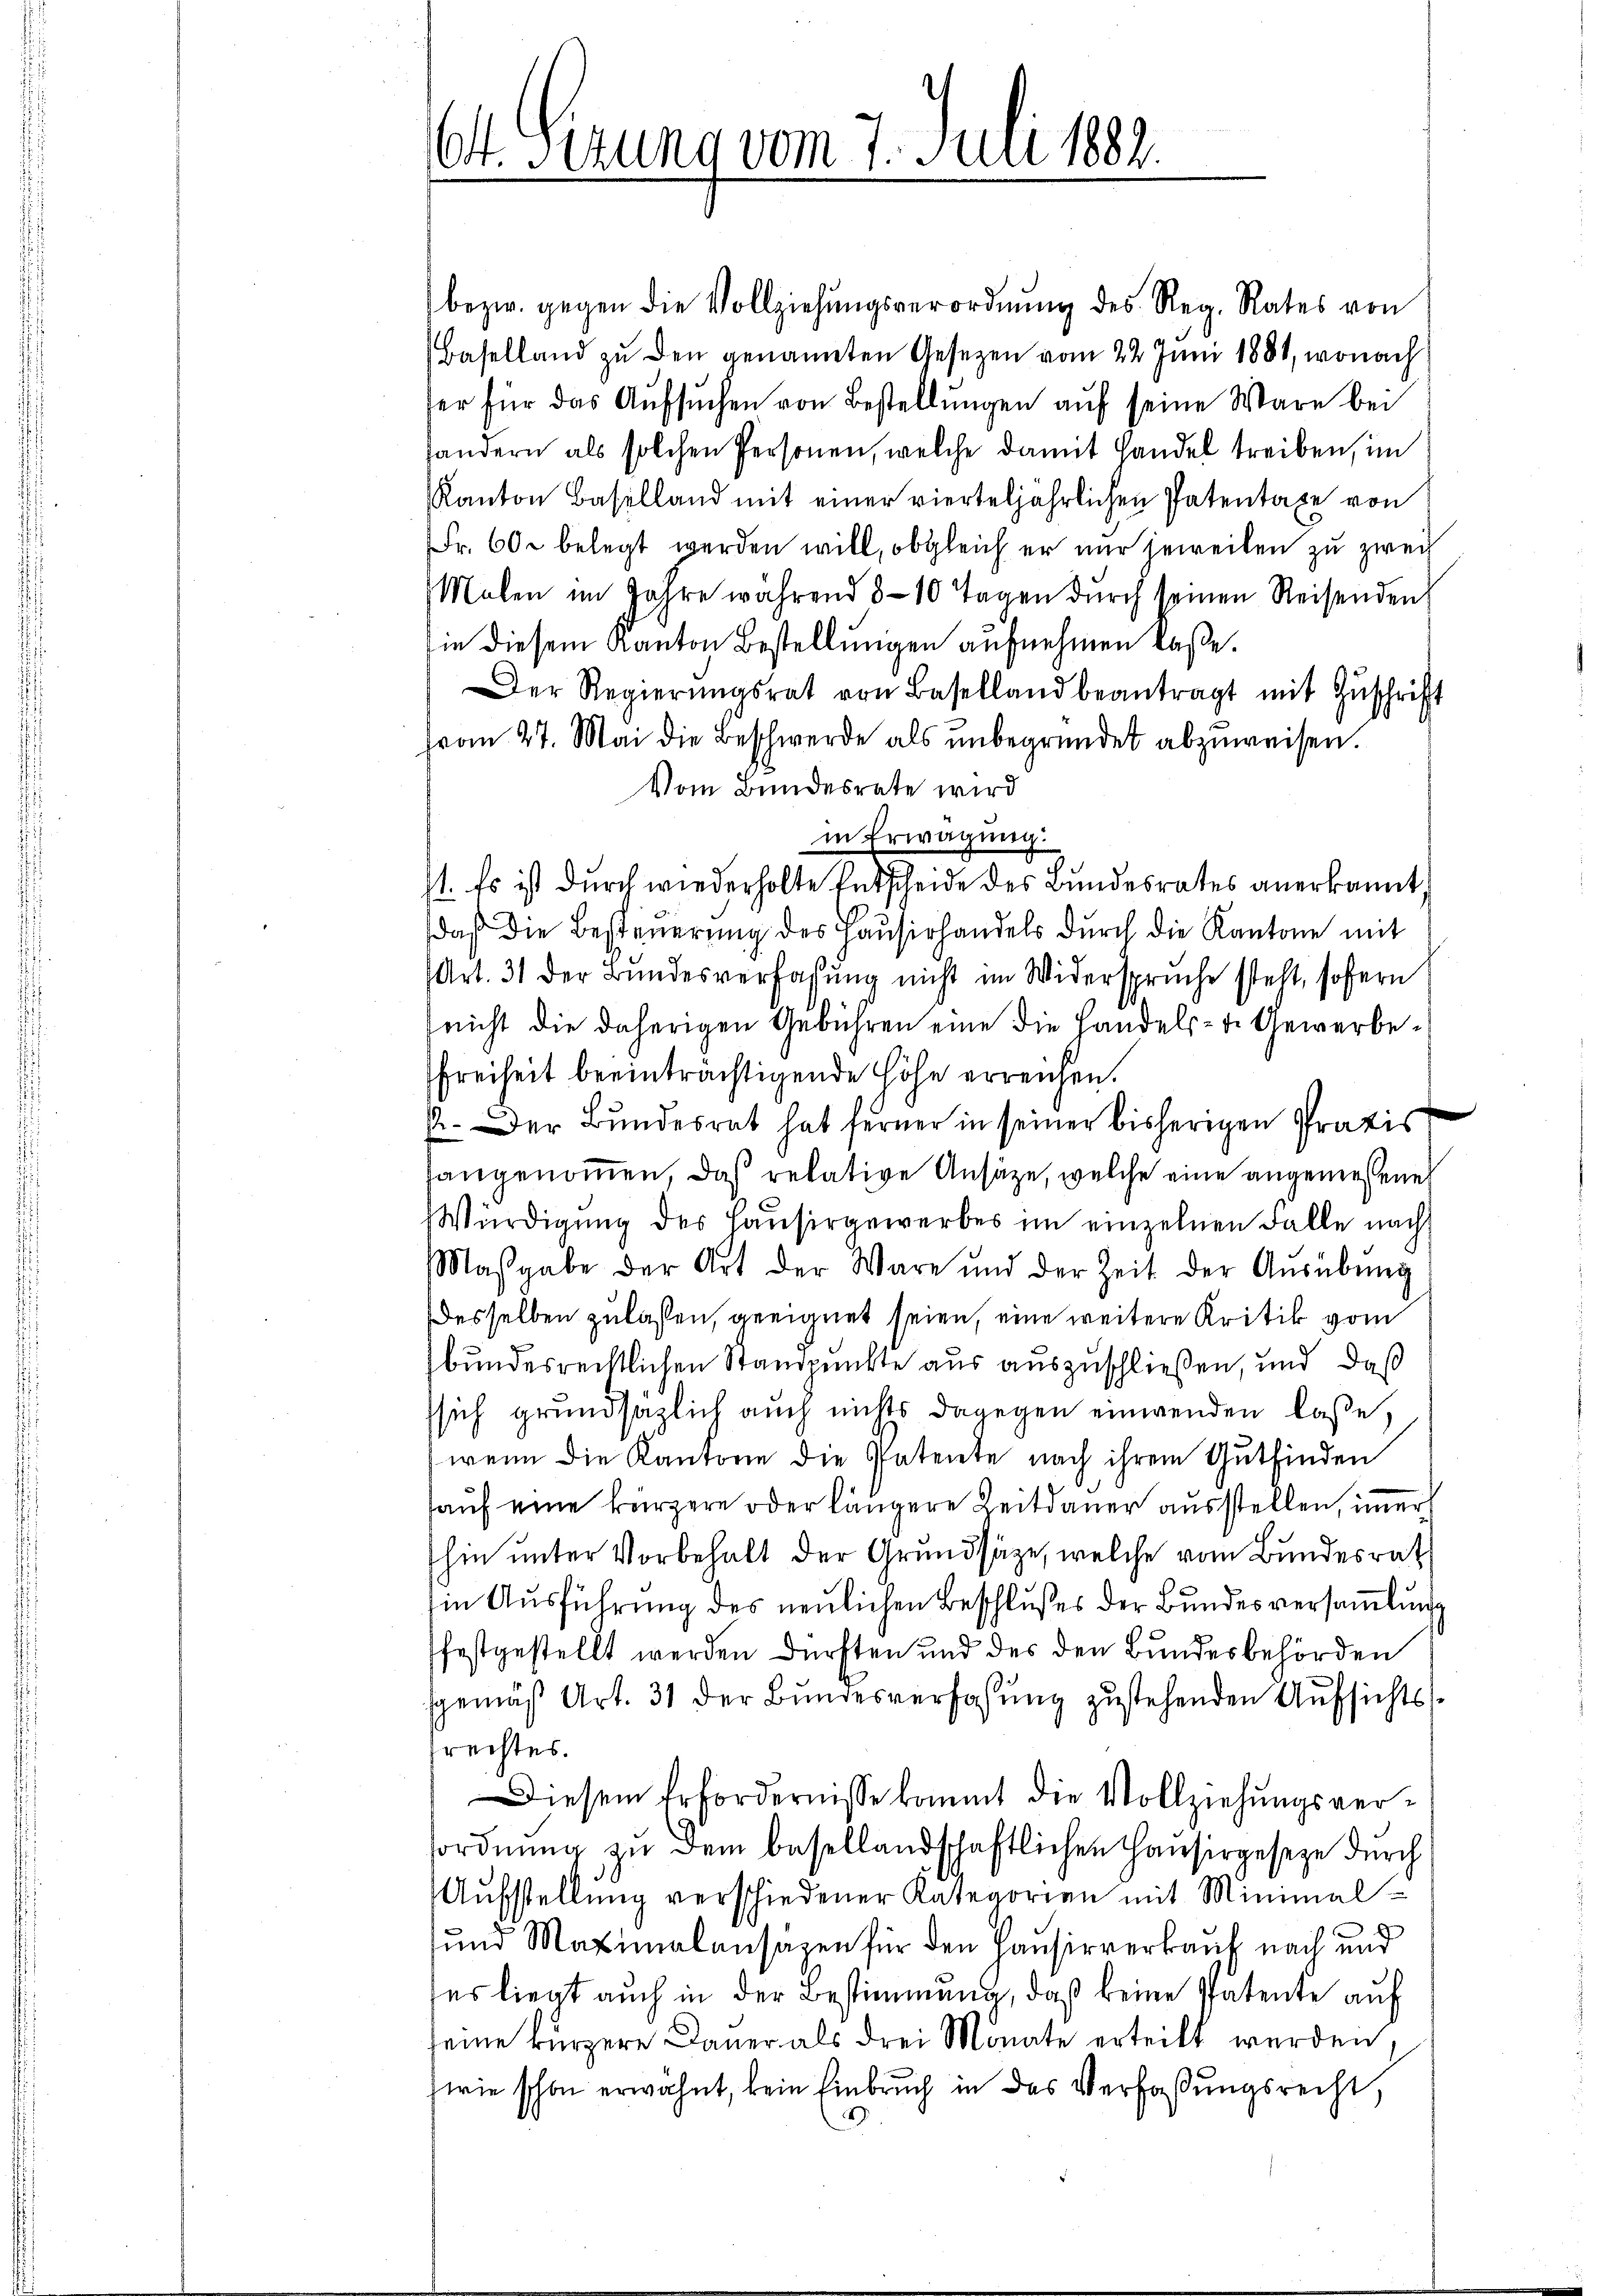
6t. Gerung vom 7. Juli 1882.

bezw. gegen die Vollziehŭngsverordnŭng des Reg. Rates von
(Baselland zu den genannten Gesezen vom 22 Juni 1881, wonach
fer für das Aufsuchen von Bestellungen auf seine Wäre bei
tandern als solchen Personen, welche damit Handel treiben, im
Kanton Baselland mit einer vierteljährlichen Patentaxe von
Fr. 600 belegt werden will, obgleich er nur jeweilen zu zwei
Malen im Jahre während 8-10 Tagen dŭrch seinen Reisenden
sie diesem Kanton Bestellungen aufnehmen laße.
Der Regierŭngsrat von Baselland beantragt mit Zŭschrift
(vom 27. Mai die Beschwerde als unbegründet abzuweisen.
Vom Bundesrate wird
in Erwägung.
1. Es ist durch wiederholte Entscheide des Bundesrates anerkannt,
daβ die Besteŭerŭng des Haŭsirhandels dŭrch die Kantone mit
(Art. 31 der Bundesverfassung nicht im Widerspruche steht, sofern
(nicht die daherigen Gebühren eine die Handels- u. Gewerbe¬
Freiheit beeinträchtigende Höhe erreichen.
1. Der Bundesrat hat ferner in seiner bisherigen Pratis
tangenommen, daß relative Ansätze, welche eine angemessene
Würdigung des Hausirgewerbes im einzelnen Falle nach
Maßgabe der Art der Ware und der Zeit der Aŭsübŭng
Desselben zulassen, geeignet seien, eine weitere Kritik vom
bundesrechtlichen Standpunkte aus auszuschließen, und daß
sich grundsätzlich auch nichts dagegen einwenden laße,
wenn die Kantone die Patente nach ihrem Gutfinden
hauf eine kürzere oder längere Zeitdauer ausstellen, immer
hin unter Vorbehalt der Grundsätze, welche vom Bundesrat
in Ausführung des neulichen Beschlußes der Bundesversammlung
festgestellt werden dürften und des den Bundesbehörden
sgemäß Art. 31 der Bundesverfassung zustehenden Aufsichtsfrechtes.
Diesem Erfordernisse kommt die Vollziehŭngsver-
sordnung zu dem besellandschaftlichen Hausirgeseze durch
Aufstellung verschiedener Kategorien mit Minimal-
und Maximalansazen für den Hausirverkauf nach und
es liegt auch in der Bestimmung, daß keine Patente auf
seine kürzere Dauer als drei Monate erteilt werden.
swie schon erwähnt, kein Einbruch in das Verfaßungsrecht.